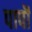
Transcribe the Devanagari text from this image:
पापॊं